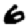
Digit: 6